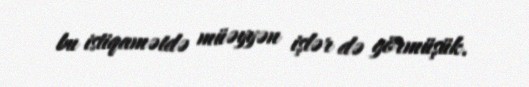
bu istiqamətdə müəyyən işlər də görmüşük.